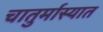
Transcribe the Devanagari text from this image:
चातुर्मास्यात